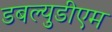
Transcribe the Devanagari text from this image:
डबल्युडीएम